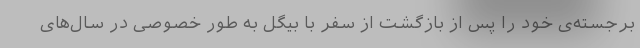
برجسته‌ی خود را پس از بازگشت از سفر با بیگل به طور خصوصی در سال‌های